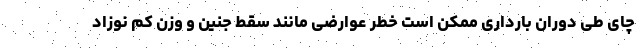
چای طی دوران بارداری ممکن است خطر عوارضی مانند سقط جنین و وزن کم نوزاد